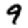
Digit: 9